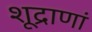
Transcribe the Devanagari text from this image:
शूद्राणां